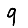
Digit: 9